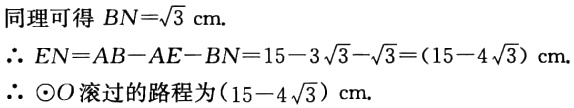
同理可得 \(BN = \sqrt{3}\text{ cm}.\)

\(\therefore EN=AB - AE - BN=15 - 3\sqrt{3}-\sqrt{3}=(15 - 4\sqrt{3})\text{ cm}.\)

\(\therefore \odot O\)滚过的路程为\((15 - 4\sqrt{3})\text{ cm}.\)